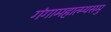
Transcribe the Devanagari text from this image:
गंगामहात्म्यसमु